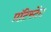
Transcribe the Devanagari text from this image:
प्रॉटेस्टेंट